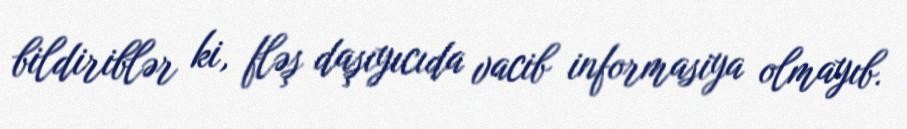
bildiriblər ki, fləş daşıyıcıda vacib informasiya olmayıb.